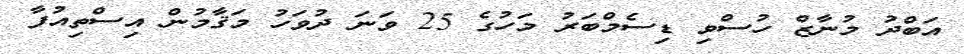
އަބްދު މުނާޒް ހުސްވި ޑިސެމްބަރު މަހުގެ 25 ވަނަ ދުވަހު މަޤާމުން އިސްްތިއުފާ